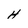
Character: H